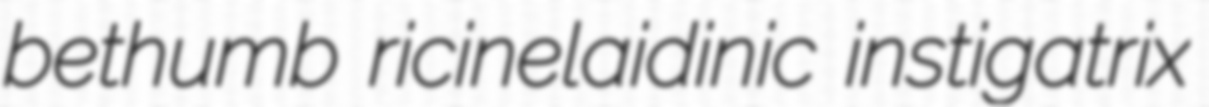
bethumb ricinelaidinic instigatrix